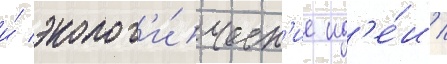
и́ эколог'и́ческ'ие ид'е́и /